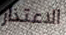
الاعتذار